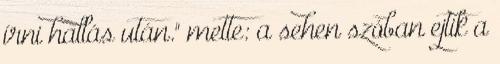
írni hallás után." mette: a sehen szóban ejtik a